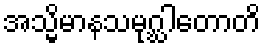
အသ္မိမာနသမုဂ္ဃါတောတိ